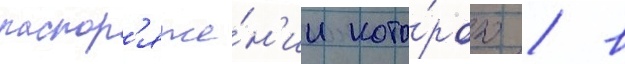
распор'яже́н'ии кото́рого / в